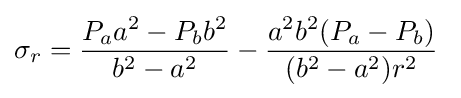
\sigma _{r}={\dfrac {P_{a}a^{2}-P_{b}b^{2}}{b^{2}-a^{2}}}-{\dfrac {a^{2}b^{2}(P_{a}-P_{b})}{(b^{2}-a^{2})r^{2}}}\